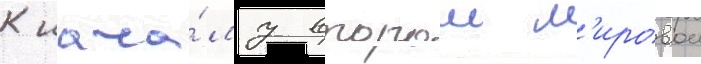
К нача́лу второи м'ировои